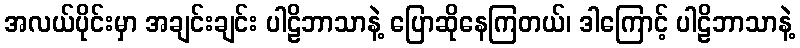
အလယ်ပိုင်းမှာ အချင်းချင်း ပါဠိဘာသာနဲ့ ပြောဆိုနေကြတယ်၊ ဒါကြောင့် ပါဠိဘာသာနဲ့